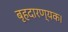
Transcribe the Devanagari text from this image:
बृहदारण्यक।